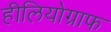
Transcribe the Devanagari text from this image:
हीलियोग्राफ